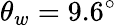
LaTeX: \theta_{w}=9.6^{\circ}